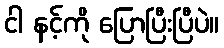
ငါ နင့်ကို ပြောပြီးပြီပဲ။